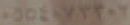
٠٥٥٤٠٧٣٢٠٢